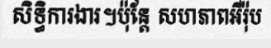
សិទ្ធិការងារ។ប៉ុន្តែ សហភាពអឺរ៉ុប